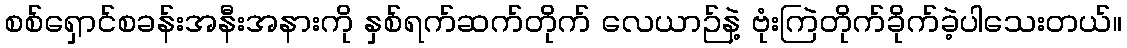
စစ်ရှောင်စခန်းအနီးအနားကို နှစ်ရက်ဆက်တိုက် လေယာဉ်နဲ့ ဗုံးကြဲတိုက်ခိုက်ခဲ့ပါသေးတယ်။